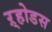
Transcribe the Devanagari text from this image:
ऱ्होडस